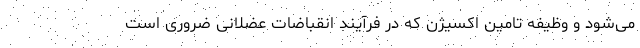
می‌شود و وظیفه تامین اکسیژن که در فرآیند انقباضات عضلانی ضروری است